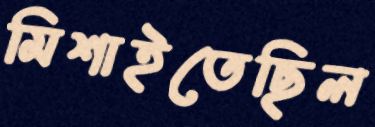
মিশাইতেছিল